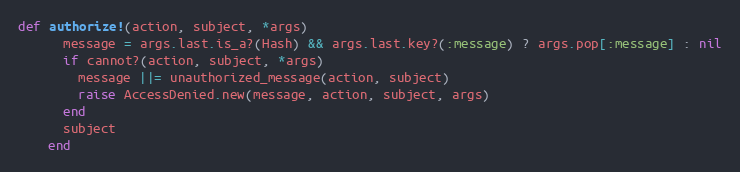
Language: Ruby
def authorize!(action, subject, *args)
      message = args.last.is_a?(Hash) && args.last.key?(:message) ? args.pop[:message] : nil
      if cannot?(action, subject, *args)
        message ||= unauthorized_message(action, subject)
        raise AccessDenied.new(message, action, subject, args)
      end
      subject
    end